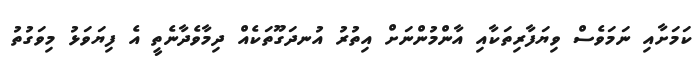
ކަމަށާއި ނަމަވެސް ވިޔަފާރިތަކާއި އާންމުންނަށް އިތުރު އުނދަގޫތަކެއް ދިމާވެދާނެތީ އެ ފިޔަވަޅު މިވަގުތު